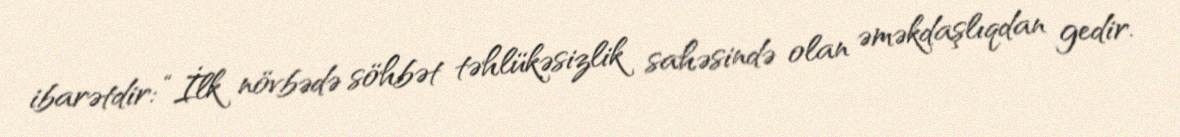
ibarətdir: “İlk növbədə söhbət təhlükəsizlik sahəsində olan əməkdaşlıqdan gedir.